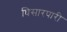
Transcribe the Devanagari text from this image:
घिसारपारी